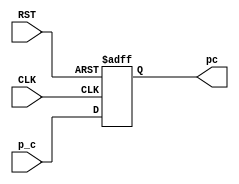
module PC #(parameter inst_Width =32) (
    input wire CLK,
    input wire RST,
    input wire [inst_Width-1:0] p_c,
    output reg [inst_Width-1:0] pc
);
    always @(posedge CLK or negedge RST ) begin
        if (!RST) begin
            pc<=32'b0;
            end
        else
            begin
            pc<=p_c;    
            end
    end

endmodule